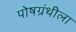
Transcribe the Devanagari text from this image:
पोषग्रंथीला